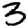
Digit: 3